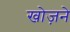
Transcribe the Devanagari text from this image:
खोज़ने